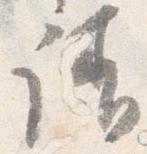
請